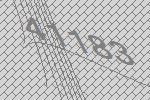
41183